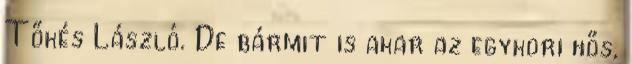
Tőkés László. De bármit is akar az egykori hős,